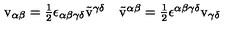
\begin{array} { c c } { \mathrm { v } _ { \alpha \beta } = \textstyle { \frac { 1 } { 2 } } \epsilon _ { \alpha \beta \gamma \delta } \tilde { \mathrm { v } } ^ { \gamma \delta } } & { \tilde { \mathrm { v } } ^ { \alpha \beta } = \textstyle { \frac { 1 } { 2 } } \epsilon ^ { \alpha \beta \gamma \delta } \mathrm { v } _ { \gamma \delta } } \\ \end{array}